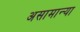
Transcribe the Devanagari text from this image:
असामान्या